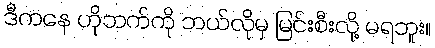
ဒီကနေ ဟိုဘက်ကို ဘယ်လိုမှ မြင်းစီးလို့ မရဘူး။